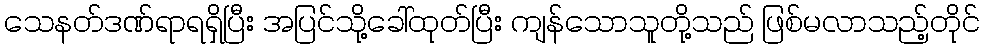
သေနတ်ဒဏ်ရာရရှိပြီး အပြင်သို့ခေါ်ထုတ်ပြီး ကျန်သောသူတို့သည် ဖြစ်မလာသည့်တိုင်